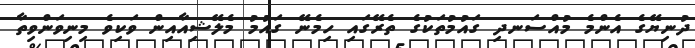
ދުނިޔޭގެ އެންމެ މުއްސަނދި ގައުމުތަކުގެ ތެރޭގަައި ހިމެނޭ ގައުމު މެލޭޝިއާއިން ވަކިވެ މިނިވަންވިތާ